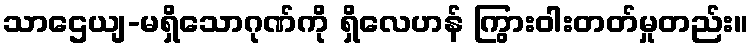
သာဌေယျ-မရှိသောဂုဏ်ကို ရှိလေဟန် ကြွားဝါးတတ်မှုတည်း။